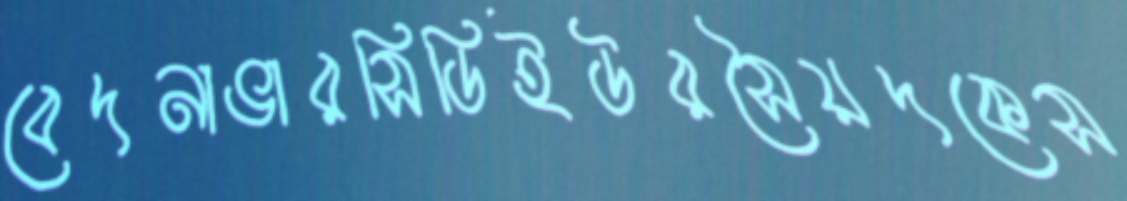
বেদনাভারসিডিইউরসৈয়দকেস